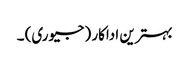
بہترین اداکار (جیوری) ۔